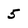
Character: 5